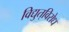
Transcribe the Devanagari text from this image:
विद्युत्‌विरोध